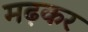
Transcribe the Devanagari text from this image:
मढ़कर